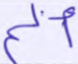
ألم